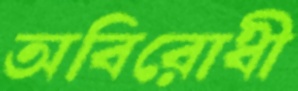
অবিরোধী